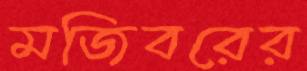
মজিবরের